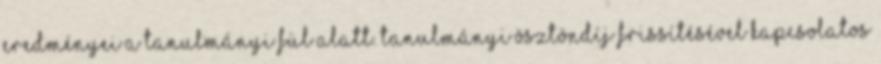
eredményei a Tanulmányi fül alatt. Tanulmányi Ösztöndíj frissítésével kapcsolatos